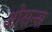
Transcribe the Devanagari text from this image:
ओसन्स